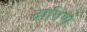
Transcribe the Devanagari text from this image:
द्राविण